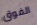
الفوق